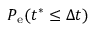
P _ { \mathrm { e } } ( t ^ { \ast } \leq \Delta t )